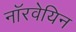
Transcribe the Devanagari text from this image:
नाॅरवेयिन